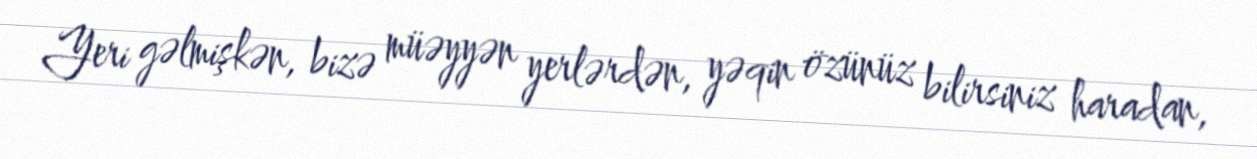
Yeri gəlmişkən, bizə müəyyən yerlərdən, yəqin özünüz bilirsiniz haradan,